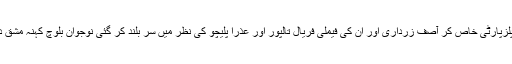
یہ جراتِ یگانہ دستی صاحب کو پیپلزپارٹی خاص کر آصف زرداری اور ان کی فیملی فریال تالپور اور عذرا پلیچو کی نظر میں سر بلند کر گئی نوجوان بلوچ کُہنہ مشق دیدہ ور بلوچ کی نظر میں کُھب گیا۔